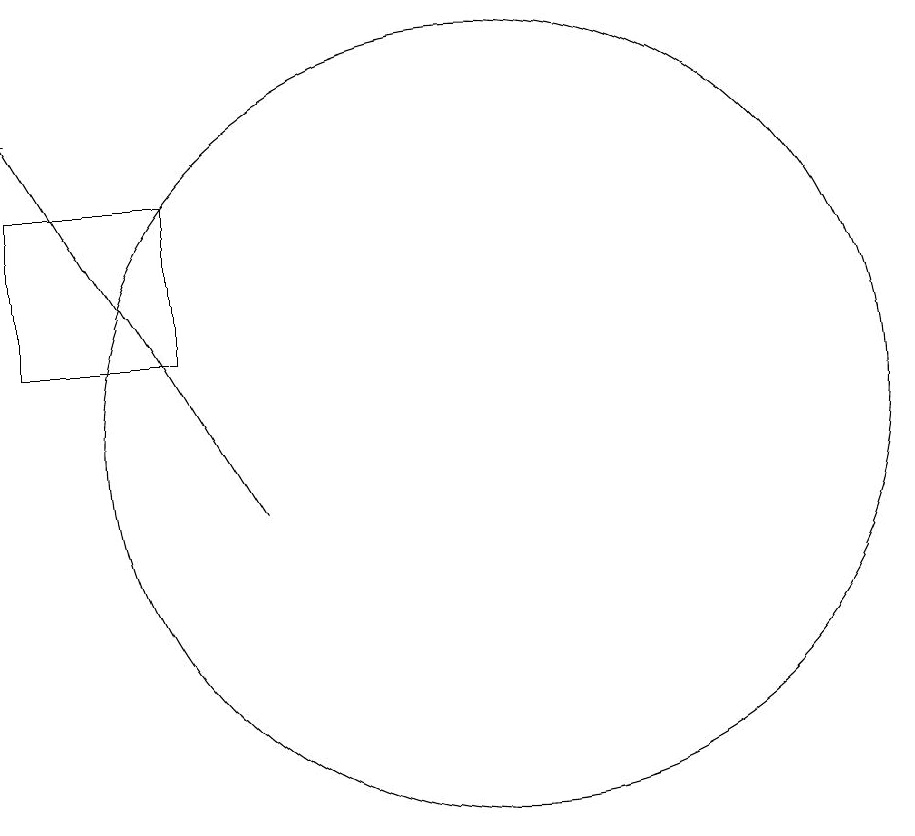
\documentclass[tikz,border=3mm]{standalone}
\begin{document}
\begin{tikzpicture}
\draw[->] (9,10) -- (6,15);
\draw (6,12) rectangle (8,14);
\draw (12,11) circle (5);
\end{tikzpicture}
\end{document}